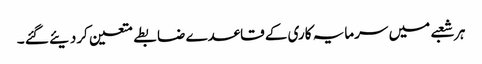
ہر شعبے میں سرمایہ کاری کے قاعدے ضابطے متعین کردیئے گئے ۔